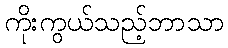
ကိုးကွယ်သည့်ဘာသာ